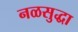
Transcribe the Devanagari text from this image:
नळसुद्धा